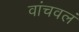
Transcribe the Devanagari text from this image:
वांचवलं